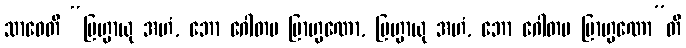
သာဝေတိ “ဗြဟ္မာယု အဟံ, ဘော ဂေါတမ ဗြာဟ္မဏော, ဗြဟ္မာယု အဟံ, ဘော ဂေါတမ ဗြာဟ္မဏော”တိ